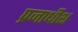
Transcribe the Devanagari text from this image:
प्रजाधीश